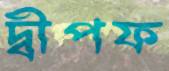
দ্বীপফ